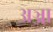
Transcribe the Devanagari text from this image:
अञ्जा